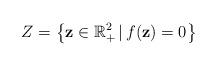
LaTeX: \begin{align*}Z=\left\{{\bf z}\in\mathbb{R}^2_+\,|\, f({\bf z})=0\right\}\end{align*}